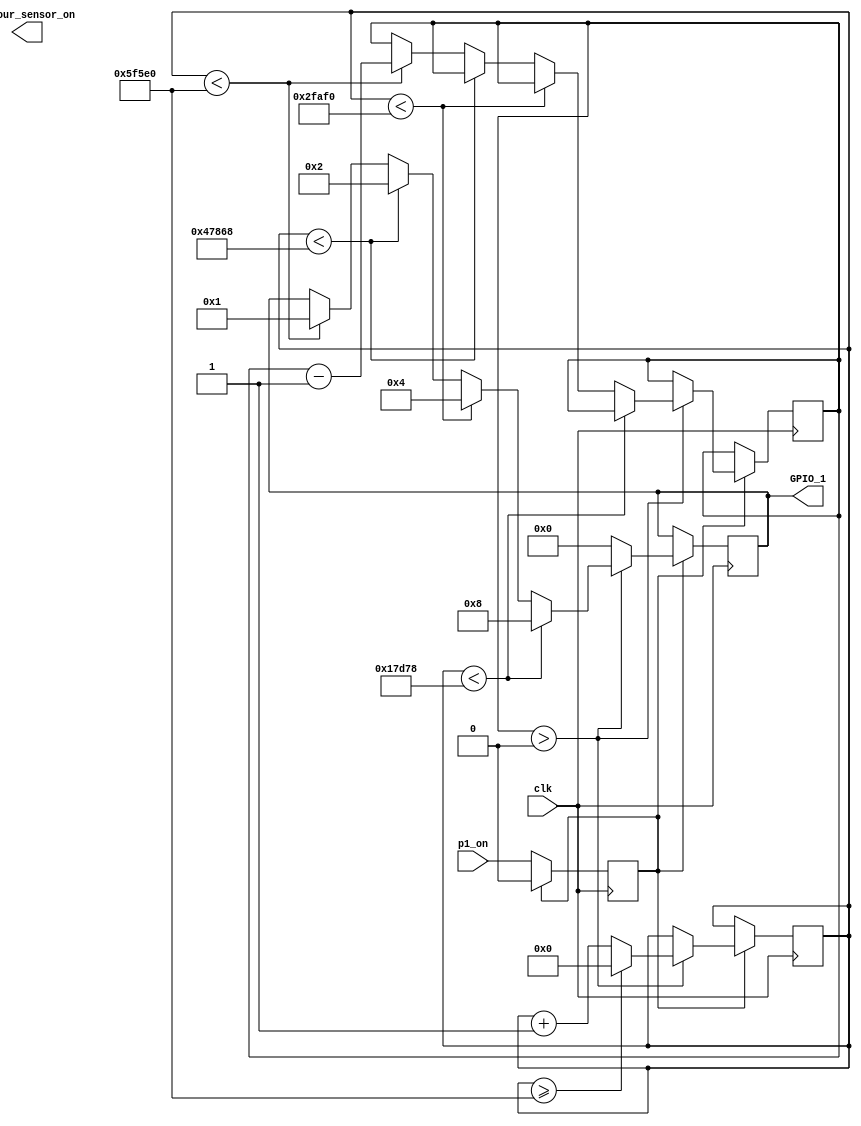
module platform1(
    input wire p1_on,			// signal from platform3 module to initiate platform1 module
    input wire clk,              	// 50 MHz
    output reg [3:0] GPIO_1,		// output to the motor turning the platform
    output reg colour_sensor_on		// output to colour sensor informing it that there is a new M&M under the sensor
);

// Need to instantiate colour sensor module here

// Stores the input signal of p1_on(1) and allows it to changed back to 0
reg p1_on_internal;

// Controls speed of motor
reg [31:0] count = 390_624;  

// Controls timing of motor
reg [31:0] cntr = 0;

// Controls the number of clock cycles the motor runs for
reg [31:0] timer = (50_000_000 * 0.125); // Rotates M&M 45deg CW to sensor

always @(posedge clk) begin
    p1_on_internal <= p1_on; 	        // Store p1_on signal

    if (p1_on_internal == 1) begin 	// Check if p1 module ready to begin
      
    p1_on_internal <= 0; 	        // Then change back to 0 again
      
    if (timer > 0) begin
        if (cntr < count*1/4) begin
            GPIO_1 <= 4'b1000;
        end else if (cntr < count*2/4) begin
            GPIO_1 <= 4'b0100;
        end else if (cntr < count*3/4) begin
            GPIO_1 <= 4'b0010;
        end else if (cntr < count*4/4) begin
            GPIO_1 <= 4'b0001;
				timer <= timer - 1; // Countdown to zero
        end
        cntr <= cntr + 1;
        if (cntr >= count) begin
            cntr <= 0;
        end
		  
	 end else begin 
		      GPIO_1 <= 4'b0000; // Platform has placed M&M under sensor - stop motor
				// Need to output signal to colour sensor module to tell it that 
				// an M&M has been placed under the sensor and it can take a reading
		  end
	 end
end

endmodule